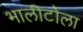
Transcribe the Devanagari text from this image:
भालीटोला